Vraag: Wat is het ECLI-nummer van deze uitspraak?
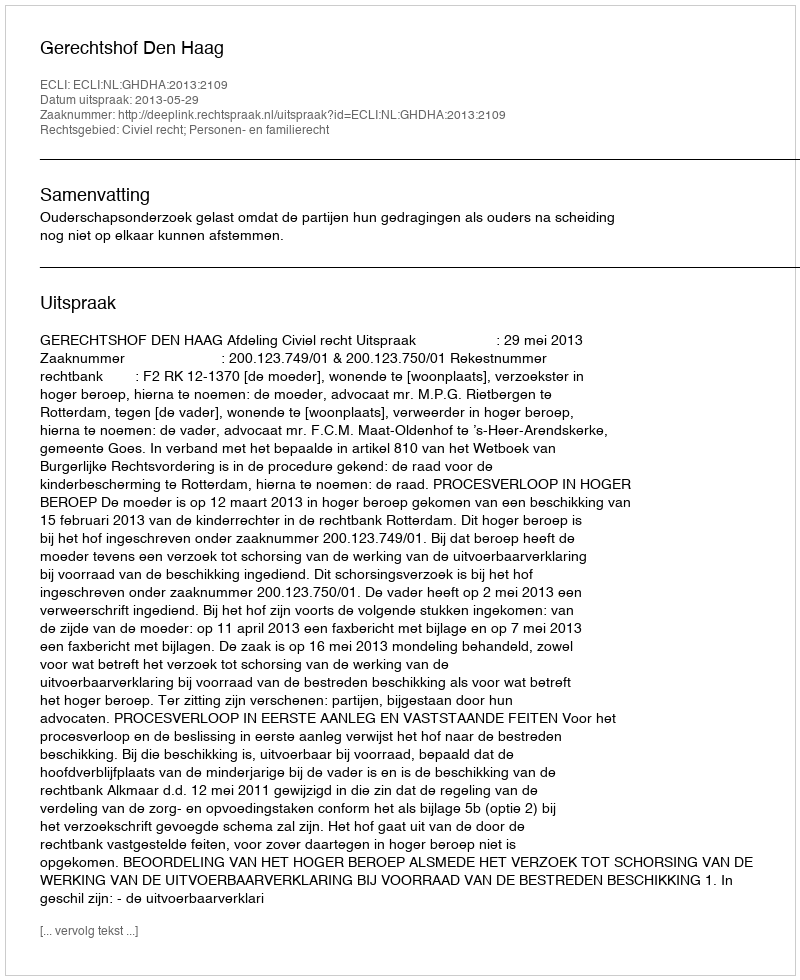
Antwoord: ECLI:NL:GHDHA:2013:2109